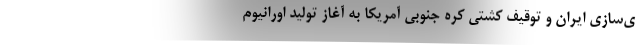
ی‌سازی ایران و توقیف کشتی کره جنوبی آمریکا به آغاز تولید اورانیوم